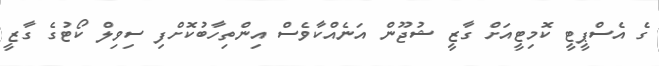
ގެ އެސްޕީޓީ ކޮމިޓީއަށް ގާޒީ ޝުޖޫން އަނެއްކާވެސް އިންތިހާބުކޮށްފި ސިވިލް ކޯޓުގެ ގާޒީ